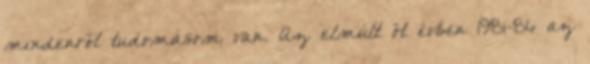
mindenről tudomásom van. Az elmúlt öt évben 1981-86 az